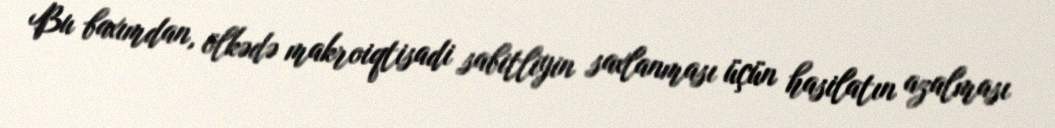
Bu baxımdan, ölkədə makroiqtisadi sabitliyin saxlanması üçün hasilatın azalması